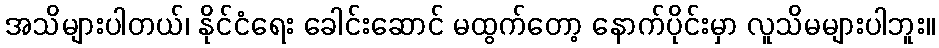
အသိများပါတယ်၊ နိုင်ငံရေး ခေါင်းဆောင် မထွက်တော့ နောက်ပိုင်းမှာ လူသိမများပါဘူး။